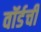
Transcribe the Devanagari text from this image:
वॉर्डची